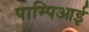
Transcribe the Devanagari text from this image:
पाम्पिआई